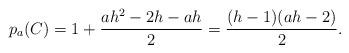
LaTeX: \begin{align*}p_a(C)=1+ \frac{ah^2-2h-ah}{2}=\frac{(h-1)(ah-2)}{2}.\end{align*}